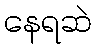
နေရဆဲ